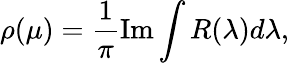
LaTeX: \rho(\mu)=\frac{1}{\pi}\mathrm{Im}\int R(\lambda)d\lambda,